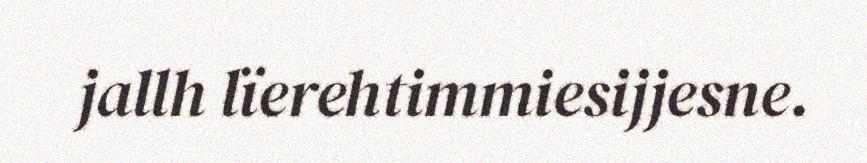
jallh lïerehtimmiesijjesne.